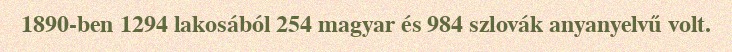
1890-ben 1294 lakosából 254 magyar és 984 szlovák anyanyelvű volt.